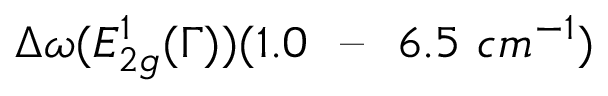
\Delta \omega ( E _ { 2 g } ^ { 1 } ( \Gamma ) ) ( 1 . 0 \ \textrm { -- } \ 6 . 5 \ c m ^ { - 1 } )